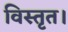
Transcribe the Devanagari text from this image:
विस्तृत।